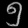
Digit: ၅